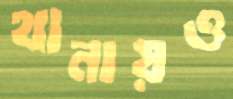
থানায়ও